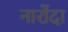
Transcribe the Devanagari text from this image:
नारोंदा